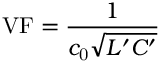
\mathrm { V F } = { \frac { 1 } { c _ { \mathrm { 0 } } { \sqrt { L ^ { \prime } C ^ { \prime } } } } }